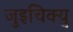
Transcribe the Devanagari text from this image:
जुइचिक्यु